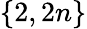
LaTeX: \left\{ 2,2n\right\}